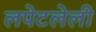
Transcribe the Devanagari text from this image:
लपेटलेली